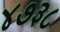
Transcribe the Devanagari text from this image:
४७३८